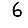
Digit: 6